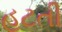
હટતી